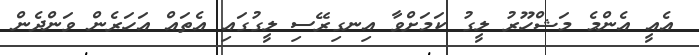
އެއީ އެންމެ މަޝްހޫރު ލީގު ކަމަށްވާ އިނގިރޭސި ލީގުގައި އެތައް އަހަރެން ވަންދެން